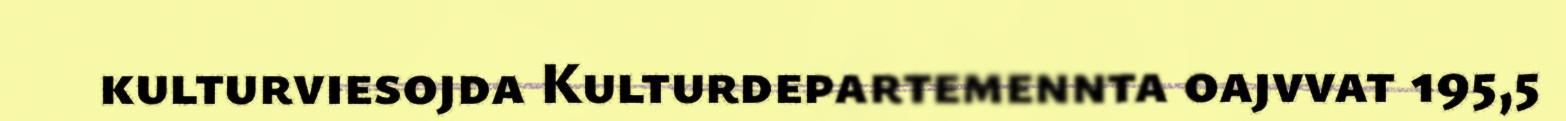
kulturviesojda Kulturdepartemennta oajvvat 195,5